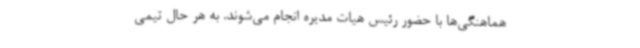
هماهنگی‌ها با حضور رئیس هیات مدیره انجام می‌شوند. به هر حال تیمی